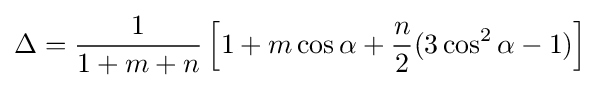
\Delta ={\frac {1}{1+m+n}}\left[1+m\cos \alpha +{\frac {n}{2}}(3\cos ^{2}\alpha -1)\right]